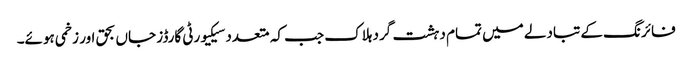
فائرنگ کے تبادلے میں تمام دہشت گرد ہلاک جب کہ متعدد سیکیورٹی گارڈز جاں بحق اور زخمی ہوئے۔